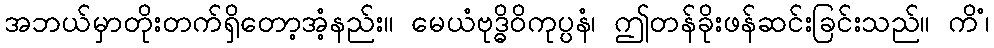
အဘယ်မှာတိုးတက်ရှိတော့အံ့နည်း။ မေယံဗုဒ္ဓိဝိကုပ္ပနံ၊ ဤတန်ခိုးဖန်ဆင်းခြင်းသည်။ ကိံ၊